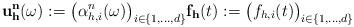
LaTeX: \begin{align*} \mathbf{u_{h}^{n}}(\omega) := \big (\alpha_{h,i}^{n}(\omega) \big)_{i \in \{ 1,\dots,d \}} \mathbf{f_h}(t) := \big( f_{h,i}(t) \big)_{i \in \{ 1,\dots, d \}} \end{align*}